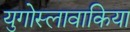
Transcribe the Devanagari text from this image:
युगोस्लावाकिया